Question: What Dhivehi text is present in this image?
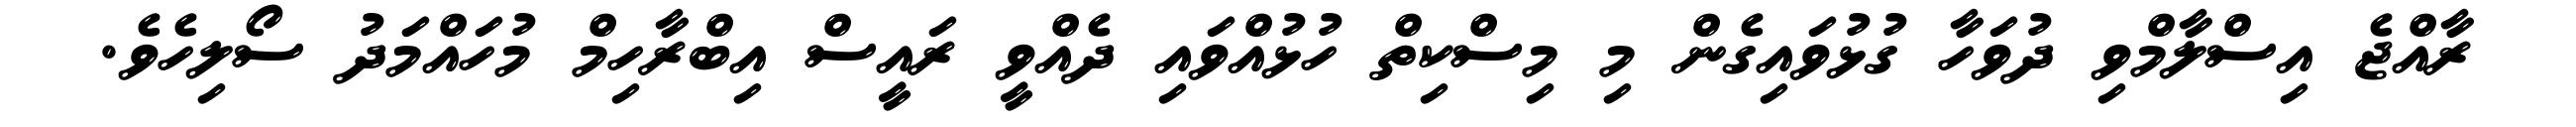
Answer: ރާއްޖެ އިސްލާމްވި ދުވަހާ ގުޅުވައިގެން މި މިސްކިތް ހުޅުއްވައި ދެއްވީ ރައީސް އިބްރާހިމް މުހައްމަދު ސޯލިހެވެ.